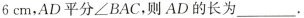
6cm$$，AD平分\angle BAC，则AD的长为___。